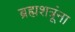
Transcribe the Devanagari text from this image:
ब्रह्मशत्रूंना